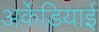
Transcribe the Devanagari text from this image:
अर्केडियाई